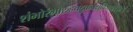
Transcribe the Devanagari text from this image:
शंभोरंभोरुहचटुकचक्षुर्विजयते॥४॥